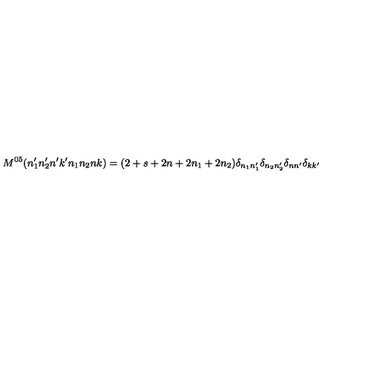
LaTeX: M ^ { 0 5 } ( n _ { 1 } ^ { \prime } n _ { 2 } ^ { \prime } n ^ { \prime } k ^ { \prime } n _ { 1 } n _ { 2 } n k ) = ( 2 + s + 2 n + 2 n _ { 1 } + 2 n _ { 2 } ) \delta _ { n _ { 1 } n _ { 1 } ^ { \prime } } \delta _ { n _ { 2 } n _ { 2 } ^ { \prime } } \delta _ { n n ^ { \prime } } \delta _ { k k ^ { \prime } }